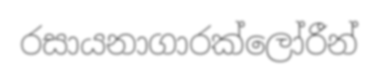
රසායනාගාරක්ලෝරීන්